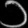
Digit: ၁